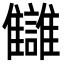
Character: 讎